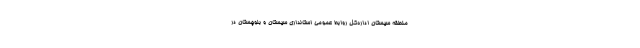
منطقه سیستان اداره‌کل روابط عمومی استانداری سیستان و بلوچستان در